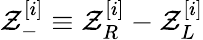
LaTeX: \mathcal{Z}_{-}^{[i]}\equiv\mathcal{Z}_{R}^{[i]}-\mathcal{Z}_{L}^{[i]}